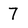
Character: 7